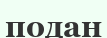
подан